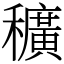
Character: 穬